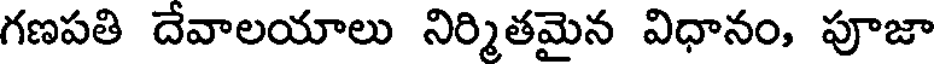
గణపతి దేవాలయాలు నిర్మితమైన విధానం, పూజా